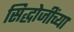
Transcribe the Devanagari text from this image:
सिद्धोजींच्या